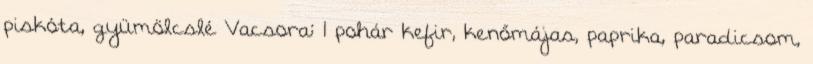
piskóta, gyümölcslé Vacsora: 1 pohár kefir, kenőmájas, paprika, paradicsom,